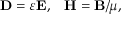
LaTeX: \mathbf { D } = \varepsilon \mathbf { E } , \; \; \; \mathbf { H } = \mathbf { B } / \mu ,